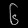
Digit: ၆